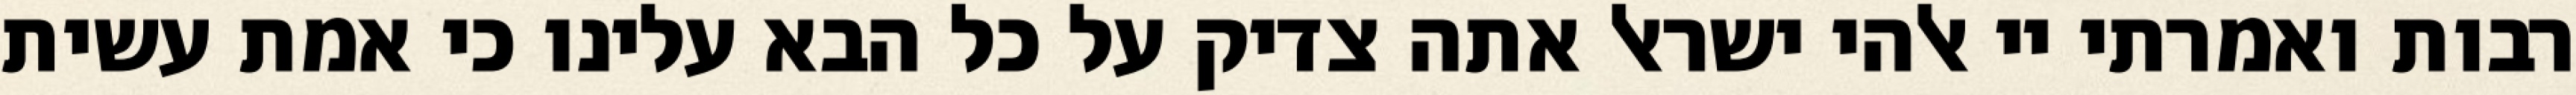
רבות ואמרתי יי אלהי ישראל אתה צדיק על כל הבא עלינו כי אמת עשית